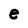
Character: e